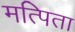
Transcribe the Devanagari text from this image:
मत्पिता